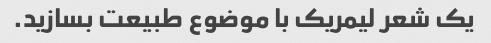
یک شعر لیمریک با موضوع طبیعت بسازید.